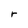
Character: r